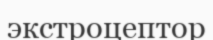
экстроцептор